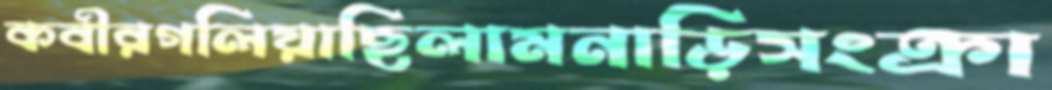
কবীরগলিয়াছিলামনাড়িসংক্রা